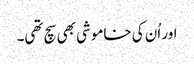
اور اُن کی خاموشی بھی سچ تھی۔